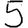
Digit: 5